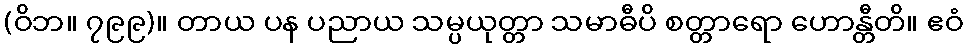
(ဝိဘ။ ၇၉၉)။ တာယ ပန ပညာယ သမ္ပယုတ္တာ သမာဓီပိ စတ္တာရော ဟောန္တီတိ။ ဧဝံ